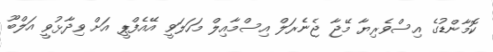
ކޮމާންޑުގެ އިސްވެރިޔާ މޭޖާ ޖެނެރަލް އިސްމާއިލް މަހަލަވީ އޭއެފްޕީ އަށް ވިދާޅުވީ އަލްބޫ